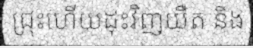
ជ្រុះហើយដុះវិញយឺត និង